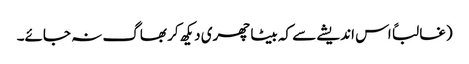
(غالباً اس اندیشے سے کہ بیٹا چھری دیکھ کر بھاگ نہ جائے۔